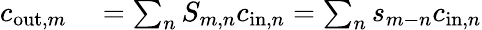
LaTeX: \begin{array}{rl}{c_{\mathrm{out},m}}&{{}=\sum_{n}S_{m,n}c_{\mathrm{in},n}=\sum_{n}{s_{m-n}c_{\mathrm{in},n}}}\end{array}